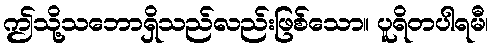
ဤသို့သဘောရှိသည်လည်းဖြစ်သော။ ပူရိတပါရမီ၊